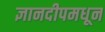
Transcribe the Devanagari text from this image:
ज्ञानदीपमधून